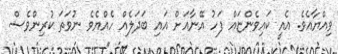
ވިއްޔާއެވެ. އެއީ ކައިވެންޏައް ފަހު އޭނާއަށް އައި ބަދަލެއް ހެއްޔެވެ ނުވަތަ ކުރިންވެސް